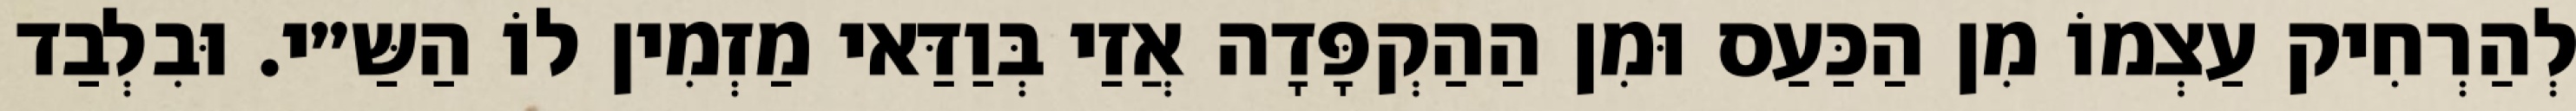
לְהַרְחִיק עַצְמוֹ מִן הַכַּעַס וּמִן הַהַקְפָּדָה אֲזַי בְּוַדַּאי מַזְמִין לוֹ הַשַּ״י. וּבִלְבַד